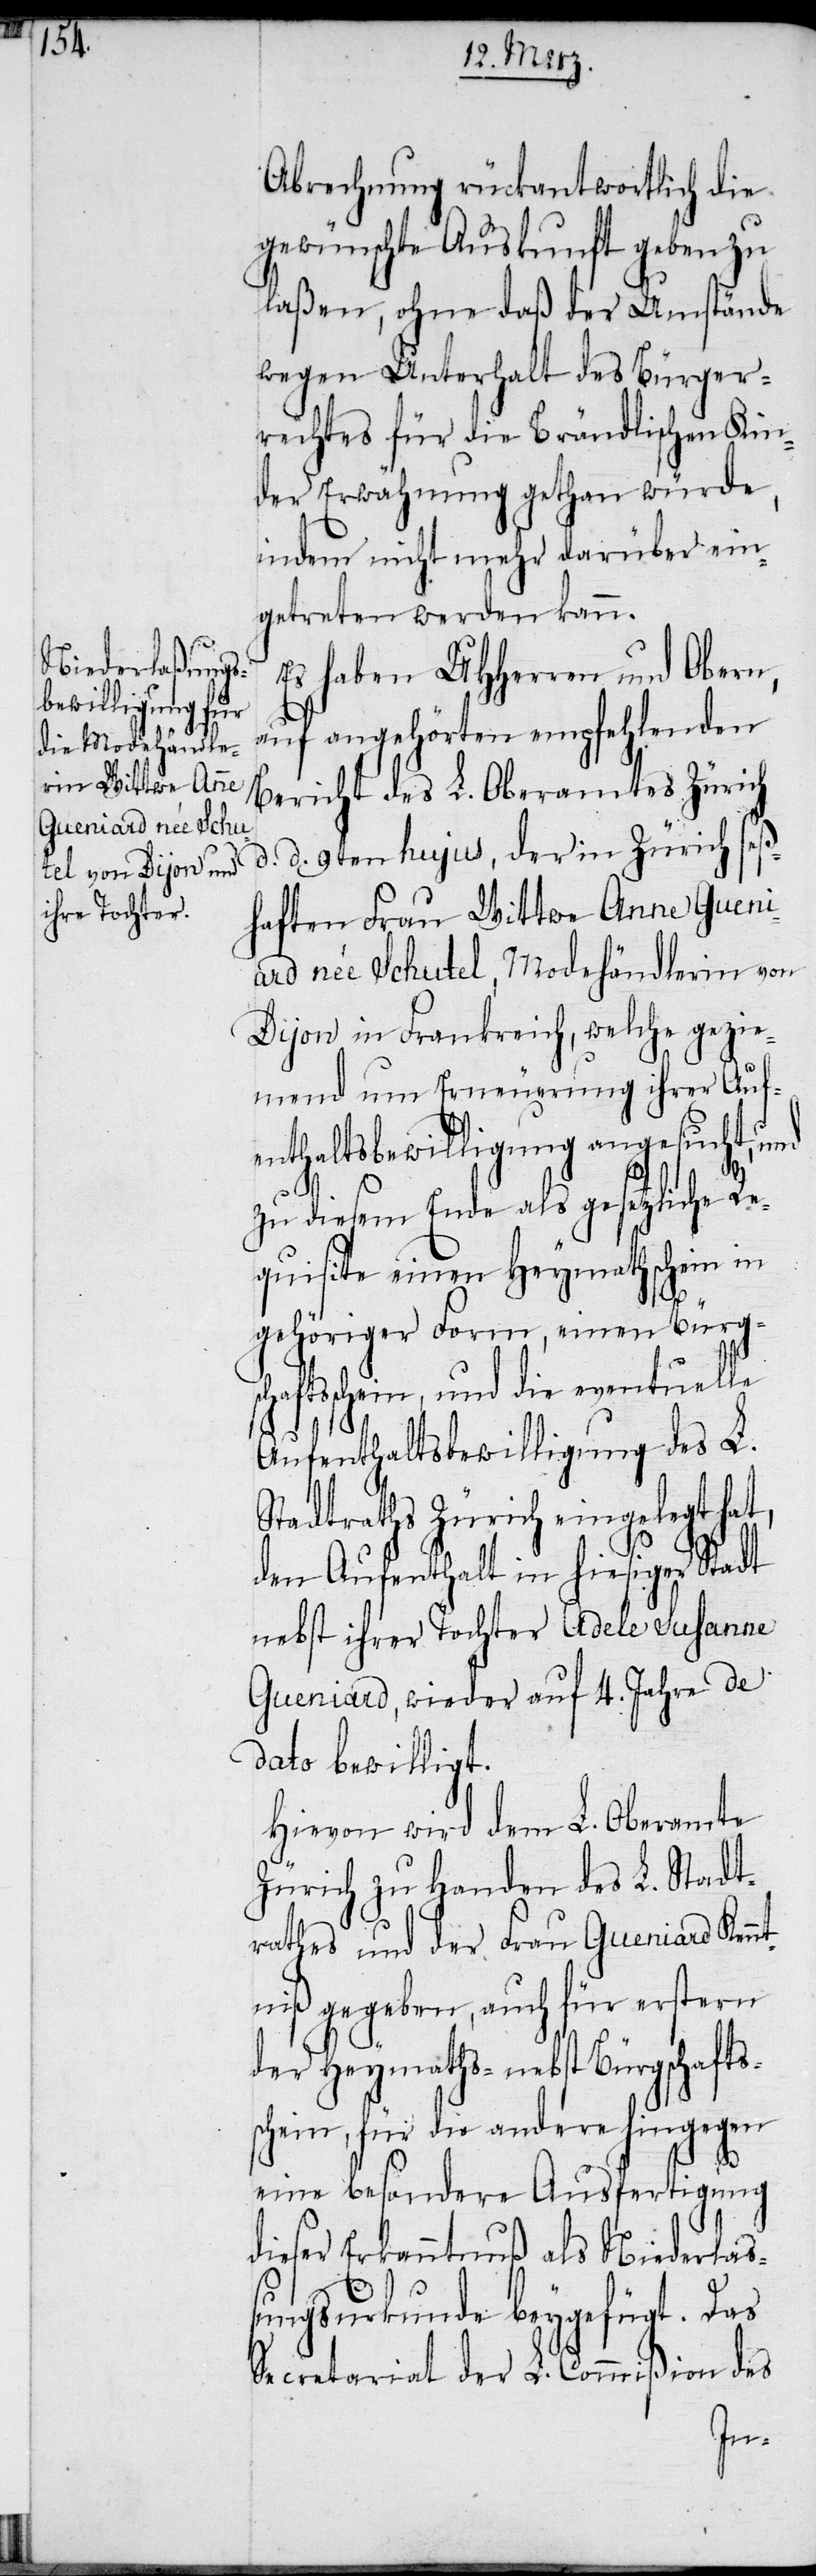
Innern wird davon für

Abrechnung rückantwortlich die
gewünschte Auskunft geben zu
laßen, ohne daß der Umstände
wegen Unterhalt des Bürger¬
rechtes für die Brändlischen Kin¬
der Erwähnung gethan würde,
indem nicht mehr darüber ein¬
getreten werden kann.